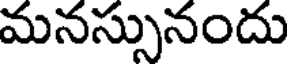
మనస్సునందు